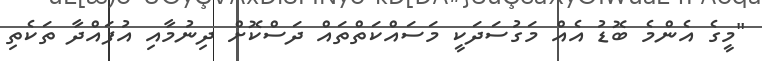
"މީގެ އެންމެ ބޮޑު އެއް މަގުސަދަކީ މަސައްކަތްތައް ދަސްކޮށް ދިނުމާއި އުފައްދާ ތަކެތި